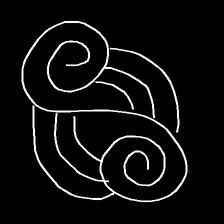
Glyph: wind-underfoot